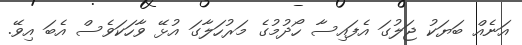
އަނެއް ބަޔަކު ޖަލުގަ އެފައިސާ ހޯދުމުގެ މަރުހަލާގަ އުޅޭ ވާހަކަވެސް އެބަ އިވޭ.